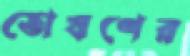
তোষণের